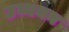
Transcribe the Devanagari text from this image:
उन्मयन